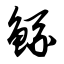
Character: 鲧